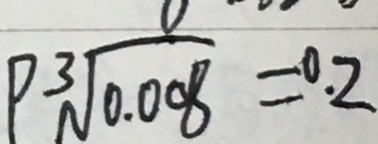
P \sqrt [ 3 ] { 0 . 0 0 8 } = 0 . 2